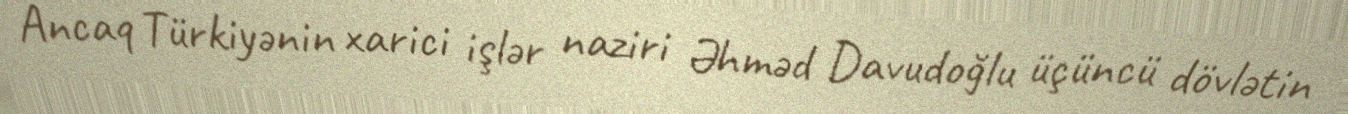
Ancaq Türkiyənin xarici işlər naziri Əhməd Davudoğlu üçüncü dövlətin